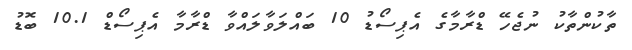
ތާކުންތާކު ނުޖެހޭ ޑްރާމާގެ އެޕިސޯޑު 10 ބައްލަވާލައްވާ ޑްރާމާ އެޕިސޯޑް 10.1 ބޮޑު